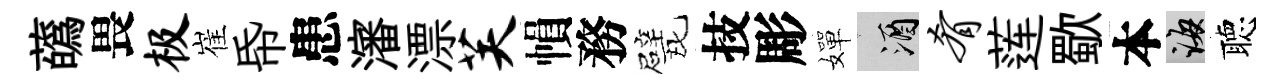
蘤畏极崔帋患瀋漂芙𢄙務甓技彫嬋酒肴莲歜本誨聴